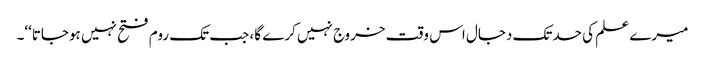
میرے علم کی حدتک دجال اس وقت خروج نہیں کرے گا، جب تک روم فتح نہیں ہوجاتا‘‘۔